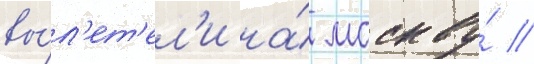
вы́л'ет'ел'и на́ москву́ //